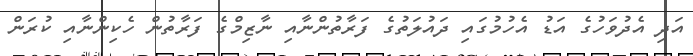
އަދި އެދުވަހުގެ އަޑު އެހުމުގައި ދައުލަތުގެ ފަރާތުންނާއި ނާޒިމްގެ ފަރާތުން ހެކިންނާއި ކުރަން